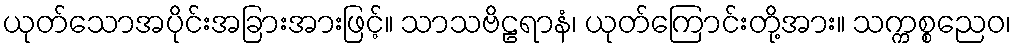
ယုတ်သောအပိုင်းအခြားအားဖြင့်။ သာသဗိဠရာနံ၊ ယုတ်ကြောင်းတို့အား။ သက္ကစ္စညေဝ၊